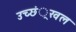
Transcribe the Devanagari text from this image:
उच्छं्रखल